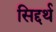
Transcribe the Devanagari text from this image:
सिद्दर्थ